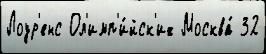
Лоур'енс Ол'имп'и́йск'их Москва́ 32